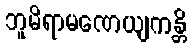
ဘူမိရာမဏေယျကန္တိ